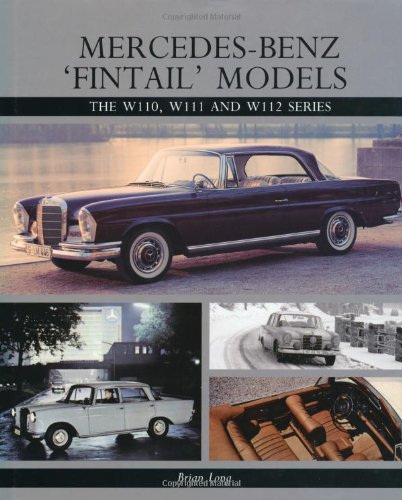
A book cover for Mercedes-Benz 'Fintail' Models: The W110, W111 and W112 Series; Brian Long; Business & Money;